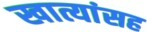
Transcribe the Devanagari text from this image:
खात्यांसह